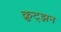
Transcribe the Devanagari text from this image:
क्रुट्झन